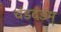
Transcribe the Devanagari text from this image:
चंडदंडम्